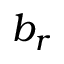
b _ { r }